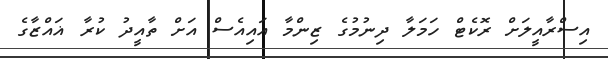
އިސްރާއީލަށް ރޮކެޓް ހަމަލާ ދިނުމުގެ ޒިންމާ އައިއެސް އަށް ތާއީދު ކުރާ ޣައްޒާގެ